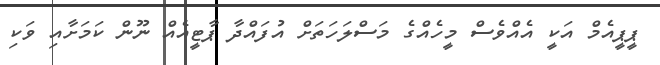
ޕީޕީއެމް އަކީ އެއްވެސް މީހެއްގެ މަސްލަހަތަށް އުފައްދާ ޕާޓީއެއް ނޫން ކަމަށާއި ވަކި